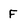
Character: F